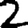
Digit: 2